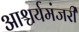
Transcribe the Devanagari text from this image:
आश्चर्यमंजरी